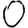
Digit: 0